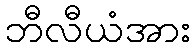
ဘီလီယံအား